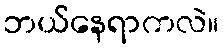
ဘယ်နေရာကလဲ။